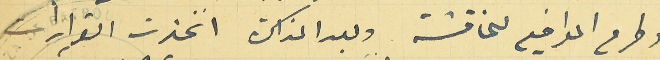
وطرح المواضيع لمناقشة وبعد المذاكرة اتخذت القرارات